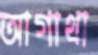
আগাথা